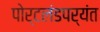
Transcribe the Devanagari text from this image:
पोर्टलंडपर्यंत